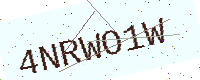
Text: 4NRWO1W